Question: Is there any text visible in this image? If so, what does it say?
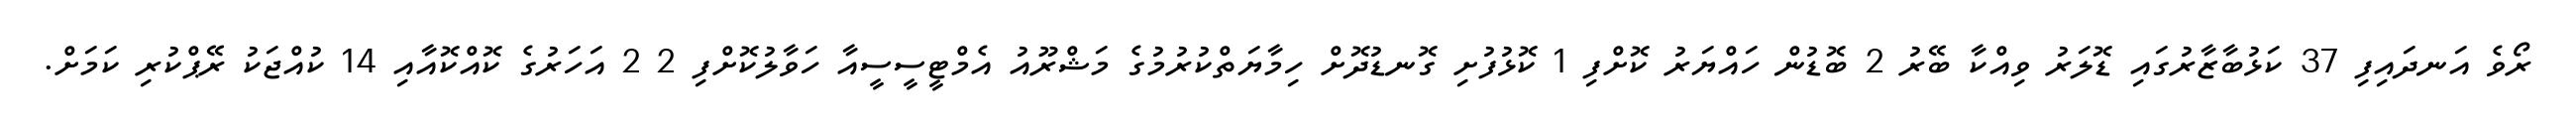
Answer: ރޯވެ އަނދައިފި 37 ކަޅުބާޒާރުގައި ޑޮލަރު ވިއްކާ ބޭރު 2 ބޮޑުން ހައްޔަރު ކޮށްފި 1 ކޮޅުފުށި ގޮނޑުދޮށް ހިމާޔަތްކުރުމުގެ މަޝްރޫއު އެމްޓީސީސީއާ ހަވާލުކޮށްފި 2 2 އަހަރުގެ ކޮއްކޮއާއި 14 ކުއްޖަކު ރޭޕްކުރި ކަމަށް.